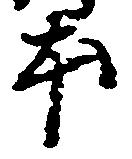
本